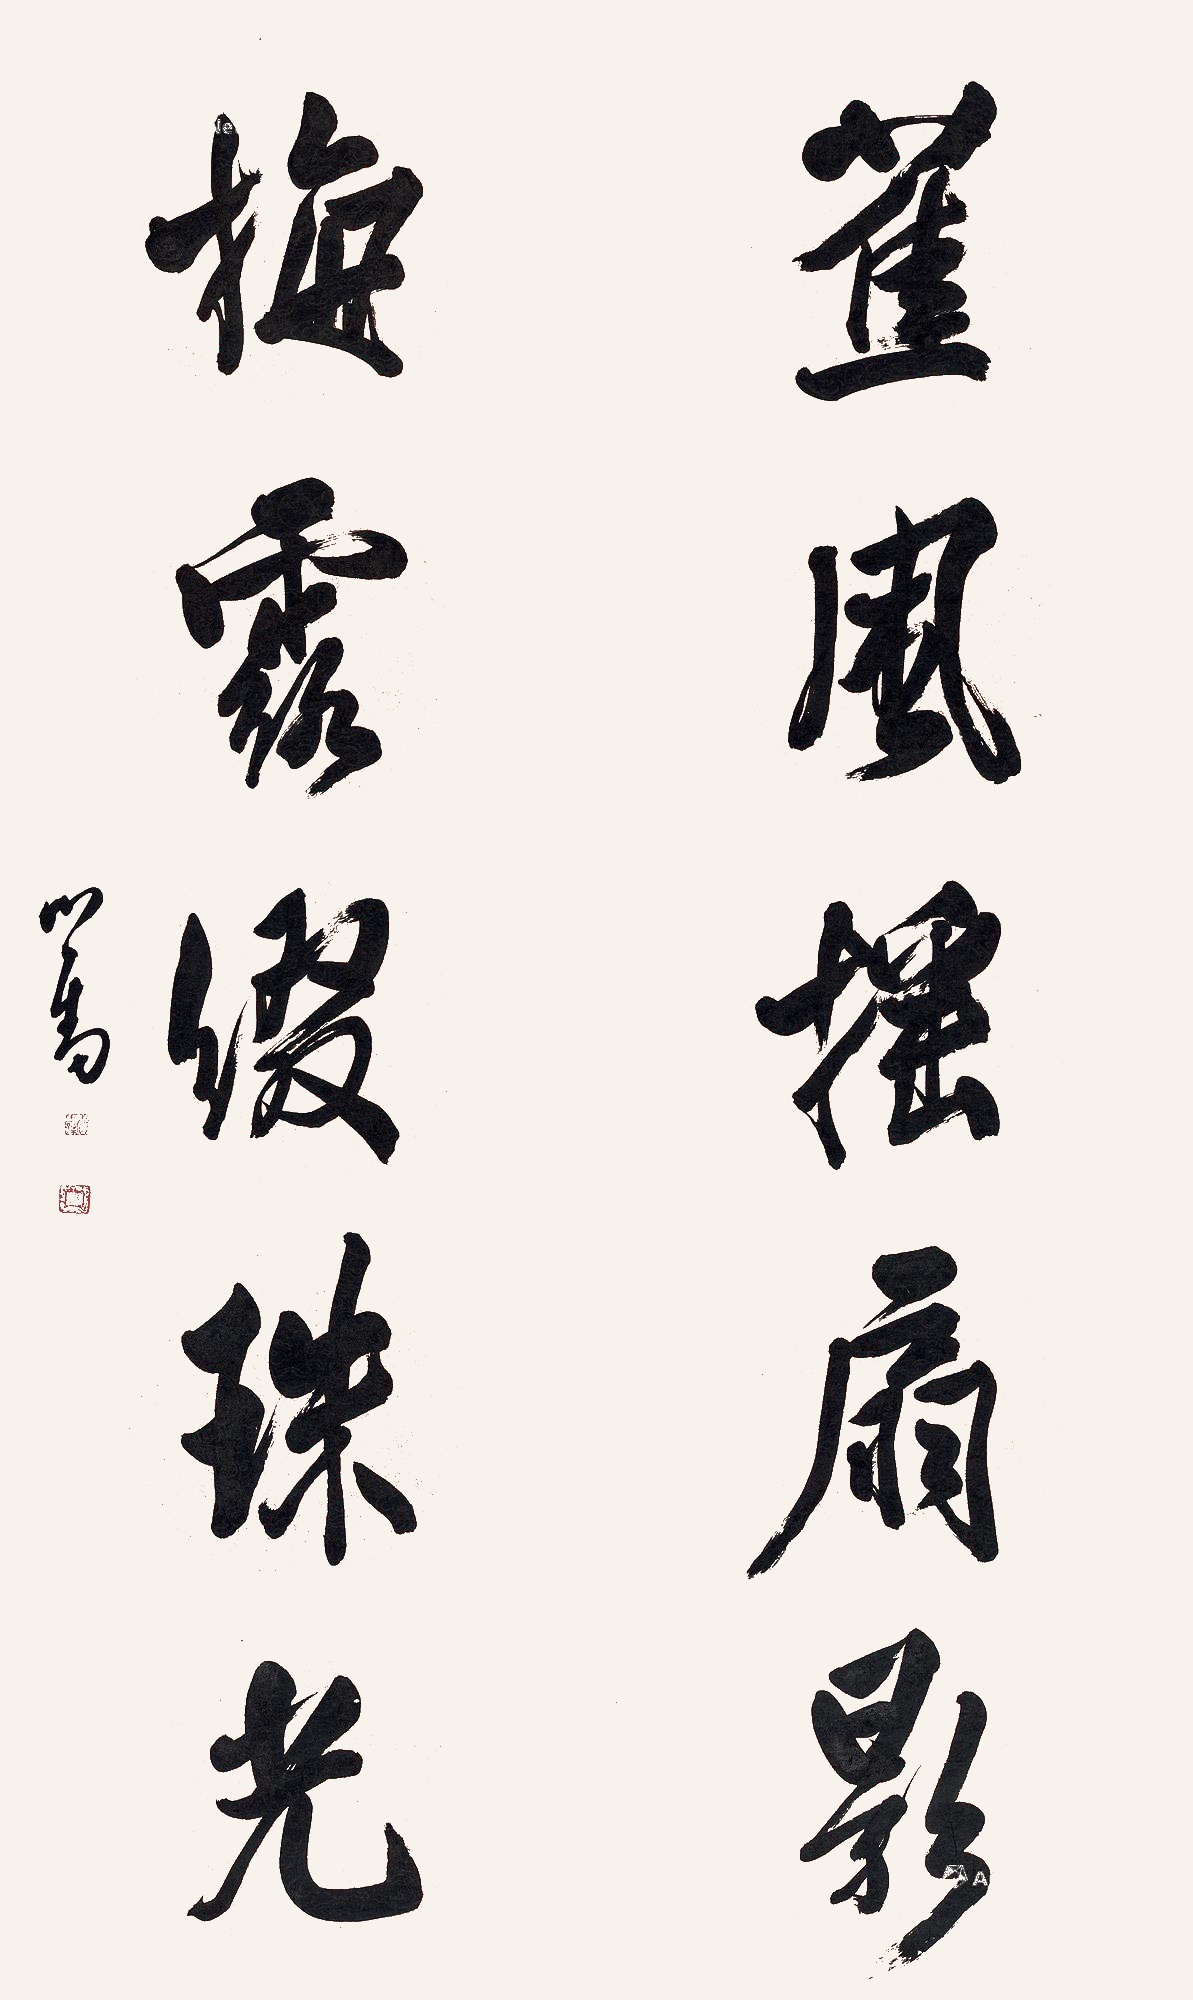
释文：蕉风摇扇影，梅露缀珠光。心畬。